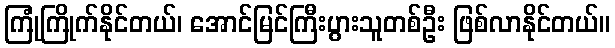
ကြုံကြိုက်နိုင်တယ်၊ အောင်မြင်ကြီးပွားသူတစ်ဦး ဖြစ်လာနိုင်တယ်။